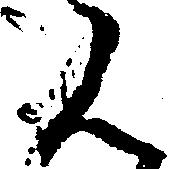
ん